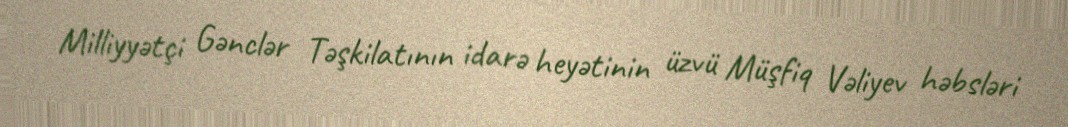
Milliyyətçi Gənclər Təşkilatının idarə heyətinin üzvü Müşfiq Vəliyev həbsləri